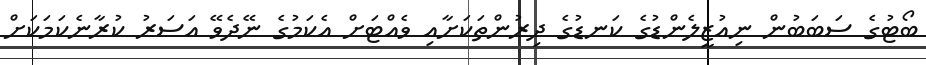
ބޯޓުގެ ސަބަބުން ނިއުޒީލެންޑުގެ ކަނޑުގެ ދިރުންތަކަށާއި ވެއްޓަށް އެކަމުގެ ނޭދެވޭ އަސަރު ކުރާނެކަމަކަށް